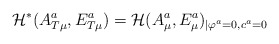
\begin{align*}{\cal H}^{*}(A_{T\mu }^a,E_{T\mu }^a)={\cal H}(A_\mu ^a,E_\mu ^a)_{\mid\varphi ^a=0,c^a=0}\end{align*}